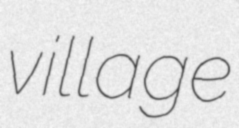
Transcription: village